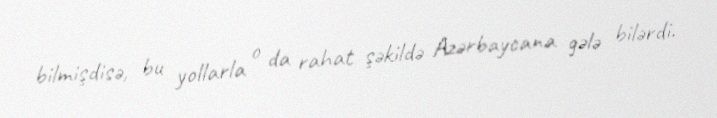
bilmişdisə, bu yollarla o da rahat şəkildə Azərbaycana gələ bilərdi.